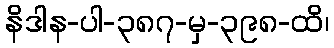
နိဒါန-ပါ-၃၈၇-မှ-၃၉၈-ထိ၊